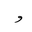
Letter: _waw